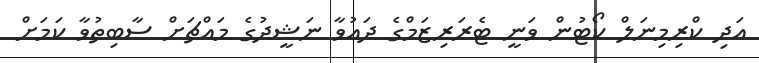
އަދި ކްރިމިނަލް ކޯޓުން ވަނީ ޓެރަރިޒަމްގެ ދައުވާ ނަޝީދުގެ މައްޗަށް ސާބިތުވާ ކަމަށް